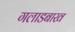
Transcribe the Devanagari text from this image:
गलाडबाख